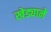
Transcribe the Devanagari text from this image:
खेड्याने